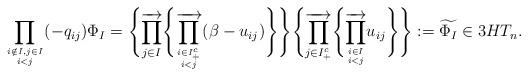
LaTeX: \begin{gather*}\prod_{i \notin I, j \in I \atop i < j}(-q_{ij}) \Phi_{I}=\Biggl\{\overrightarrow{\prod_{j \in I}} \Biggl\{ \overrightarrow{\prod_{i \in I_{+}^{c} \atop i < j}} (\beta-u_{ij}) \Biggr\} \Biggr\}\Biggl\{\overrightarrow{\prod_{j \in I_{+}^{c}}} \Biggl\{\overrightarrow{\prod_{i \in I \atop i < j}} u_{ij} \Biggr\} \Biggr\}:= \widetilde{\Phi_I} \in 3HT_n.\end{gather*}